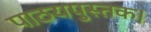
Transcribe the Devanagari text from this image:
पाठयपुस्तक।